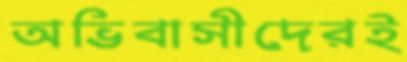
অভিবাসীদেরই